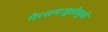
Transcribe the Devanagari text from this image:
गैरसमजुतींमुळे